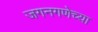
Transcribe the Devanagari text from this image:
जगनगणेच्या